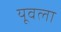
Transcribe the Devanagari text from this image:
यूवला